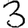
Digit: 3